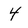
Character: 4